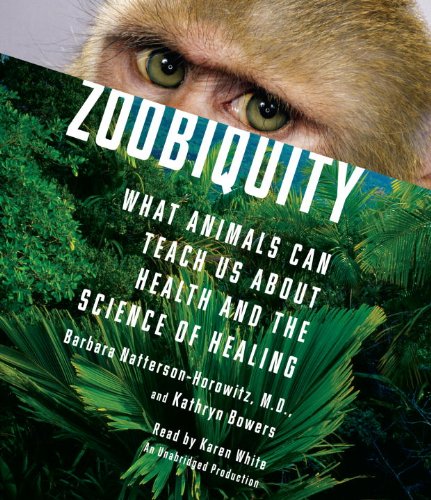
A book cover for Zoobiquity: What Animals Can Teach Us About Health and the Science of Healing; Barbara Natterson-Horowitz; Medical Books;